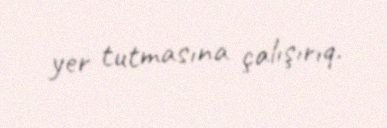
yer tutmasına çalışırıq.